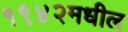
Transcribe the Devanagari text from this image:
१९४२मधील